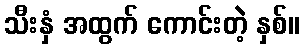
သီးနှံ အထွက် ကောင်းတဲ့ နှစ်။